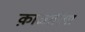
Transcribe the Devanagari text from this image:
क़ाजारिया